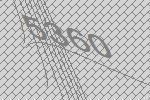
5360